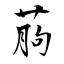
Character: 葋